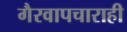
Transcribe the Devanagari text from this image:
गैरवापचाराही